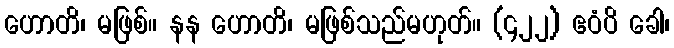
ဟောတိ၊ မဖြစ်။ နန ဟောတိ၊ မဖြစ်သည်မဟုတ်။ (၄၂၂) ဧဝံပိ ခေါ၊